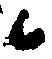
候